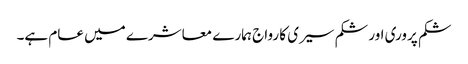
شکم پروری اور شکم سیری کا رواج ہمارے معاشرے میں عام ہے۔